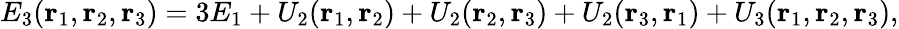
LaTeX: E_{3}(\mathbf{r}_{1},\mathbf{r}_{2},\mathbf{r}_{3})=3E_{1}+U_{2}(\mathbf{r}_{1},\mathbf{r}_{2})+U_{2}(\mathbf{r}_{2},\mathbf{r}_{3})+U_{2}(\mathbf{r}_{3},\mathbf{r}_{1})+U_{3}(\mathbf{r}_{1},\mathbf{r}_{2},\mathbf{r}_{3}),